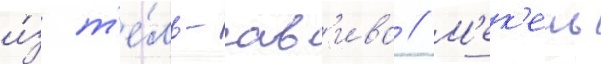
и́з т'е́ль-ав'ива // М'ек'ель